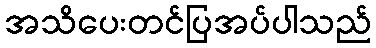
အသိပေးတင်ပြအပ်ပါသည်